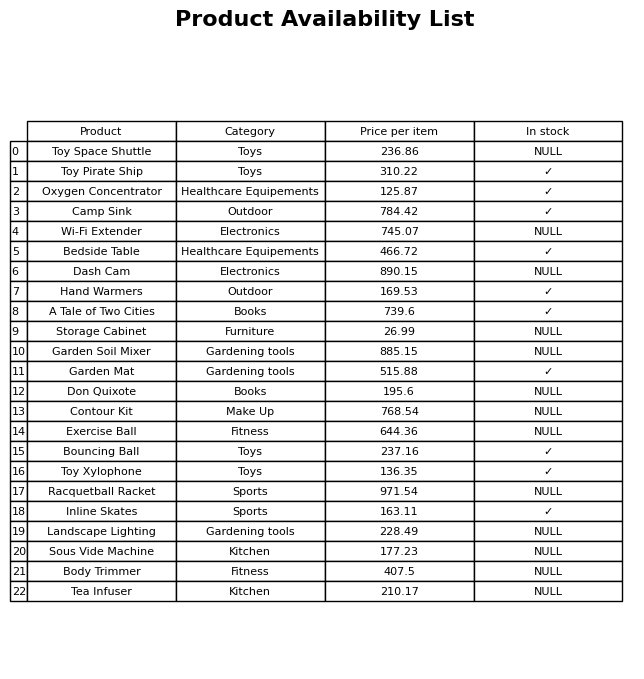
question: What is the price for Hand Warmers?
answer: The price of Hand Warmers is 169.53.